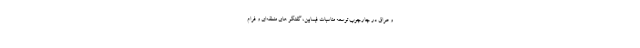
و عراق در چارچوب توسعه مناسبات فیمابین، گفتگو های منطقه‌ای و فرام